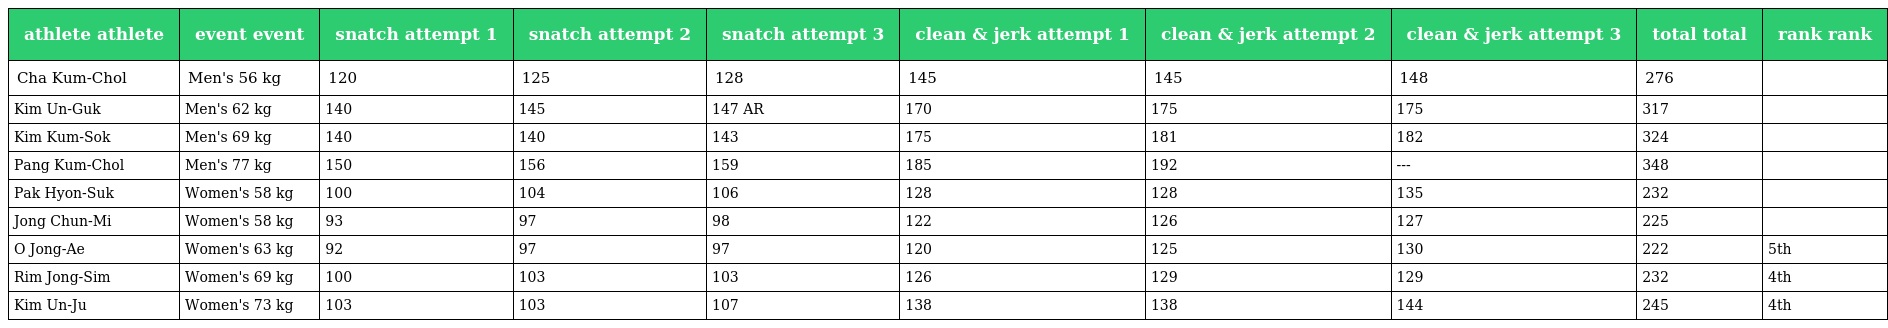
| athlete athlete | event event | snatch attempt 1 | snatch attempt 2 | snatch attempt 3 | clean & jerk attempt 1 | clean & jerk attempt 2 | clean & jerk attempt 3 | total total | rank rank |
 | --- | --- | --- | --- | --- | --- | --- | --- | --- | --- |
 | Cha Kum-Chol | Men's 56 kg | 120 | 125 | 128 | 145 | 145 | 148 | 276 |  |
 | Kim Un-Guk | Men's 62 kg | 140 | 145 | 147 AR | 170 | 175 | 175 | 317 |  |
 | Kim Kum-Sok | Men's 69 kg | 140 | 140 | 143 | 175 | 181 | 182 | 324 |  |
 | Pang Kum-Chol | Men's 77 kg | 150 | 156 | 159 | 185 | 192 | --- | 348 |  |
 | Pak Hyon-Suk | Women's 58 kg | 100 | 104 | 106 | 128 | 128 | 135 | 232 |  |
 | Jong Chun-Mi | Women's 58 kg | 93 | 97 | 98 | 122 | 126 | 127 | 225 |  |
 | O Jong-Ae | Women's 63 kg | 92 | 97 | 97 | 120 | 125 | 130 | 222 | 5th |
 | Rim Jong-Sim | Women's 69 kg | 100 | 103 | 103 | 126 | 129 | 129 | 232 | 4th |
 | Kim Un-Ju | Women's 73 kg | 103 | 103 | 107 | 138 | 138 | 144 | 245 | 4th |